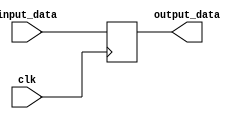
module synchronous_process(
    input wire clk,
    input wire [7:0] input_data,
    output reg [7:0] output_data
);

reg [7:0] internal_register;

always @(posedge clk) begin
    // Check if the clock signal transitions from low to high
    // Update internal registers or perform other operations
    
    // Example: Update output_data based on input_data
    output_data <= input_data;
end

endmodule